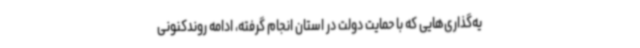
یه‌گذاری‌هایی که با حمایت دولت در استان انجام گرفته، ادامه روندکنونی